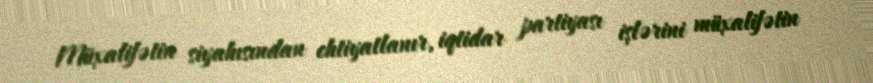
Müxalifətin siyahısından ehtiyatlanır, iqtidar partiyası işlərini müxalifətin